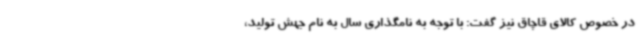
در خصوص کالای قاچاق نیز گفت: با توجه به نامگذاری سال به نام جهش تولید،